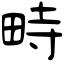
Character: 畤